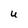
Character: U